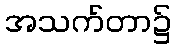
အသက်တာ၌